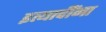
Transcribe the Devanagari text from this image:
इत्‍यादींना